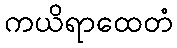
ကယိရာထေတံ